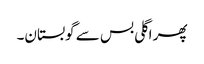
پھر اگلی بس سے گوبستان۔